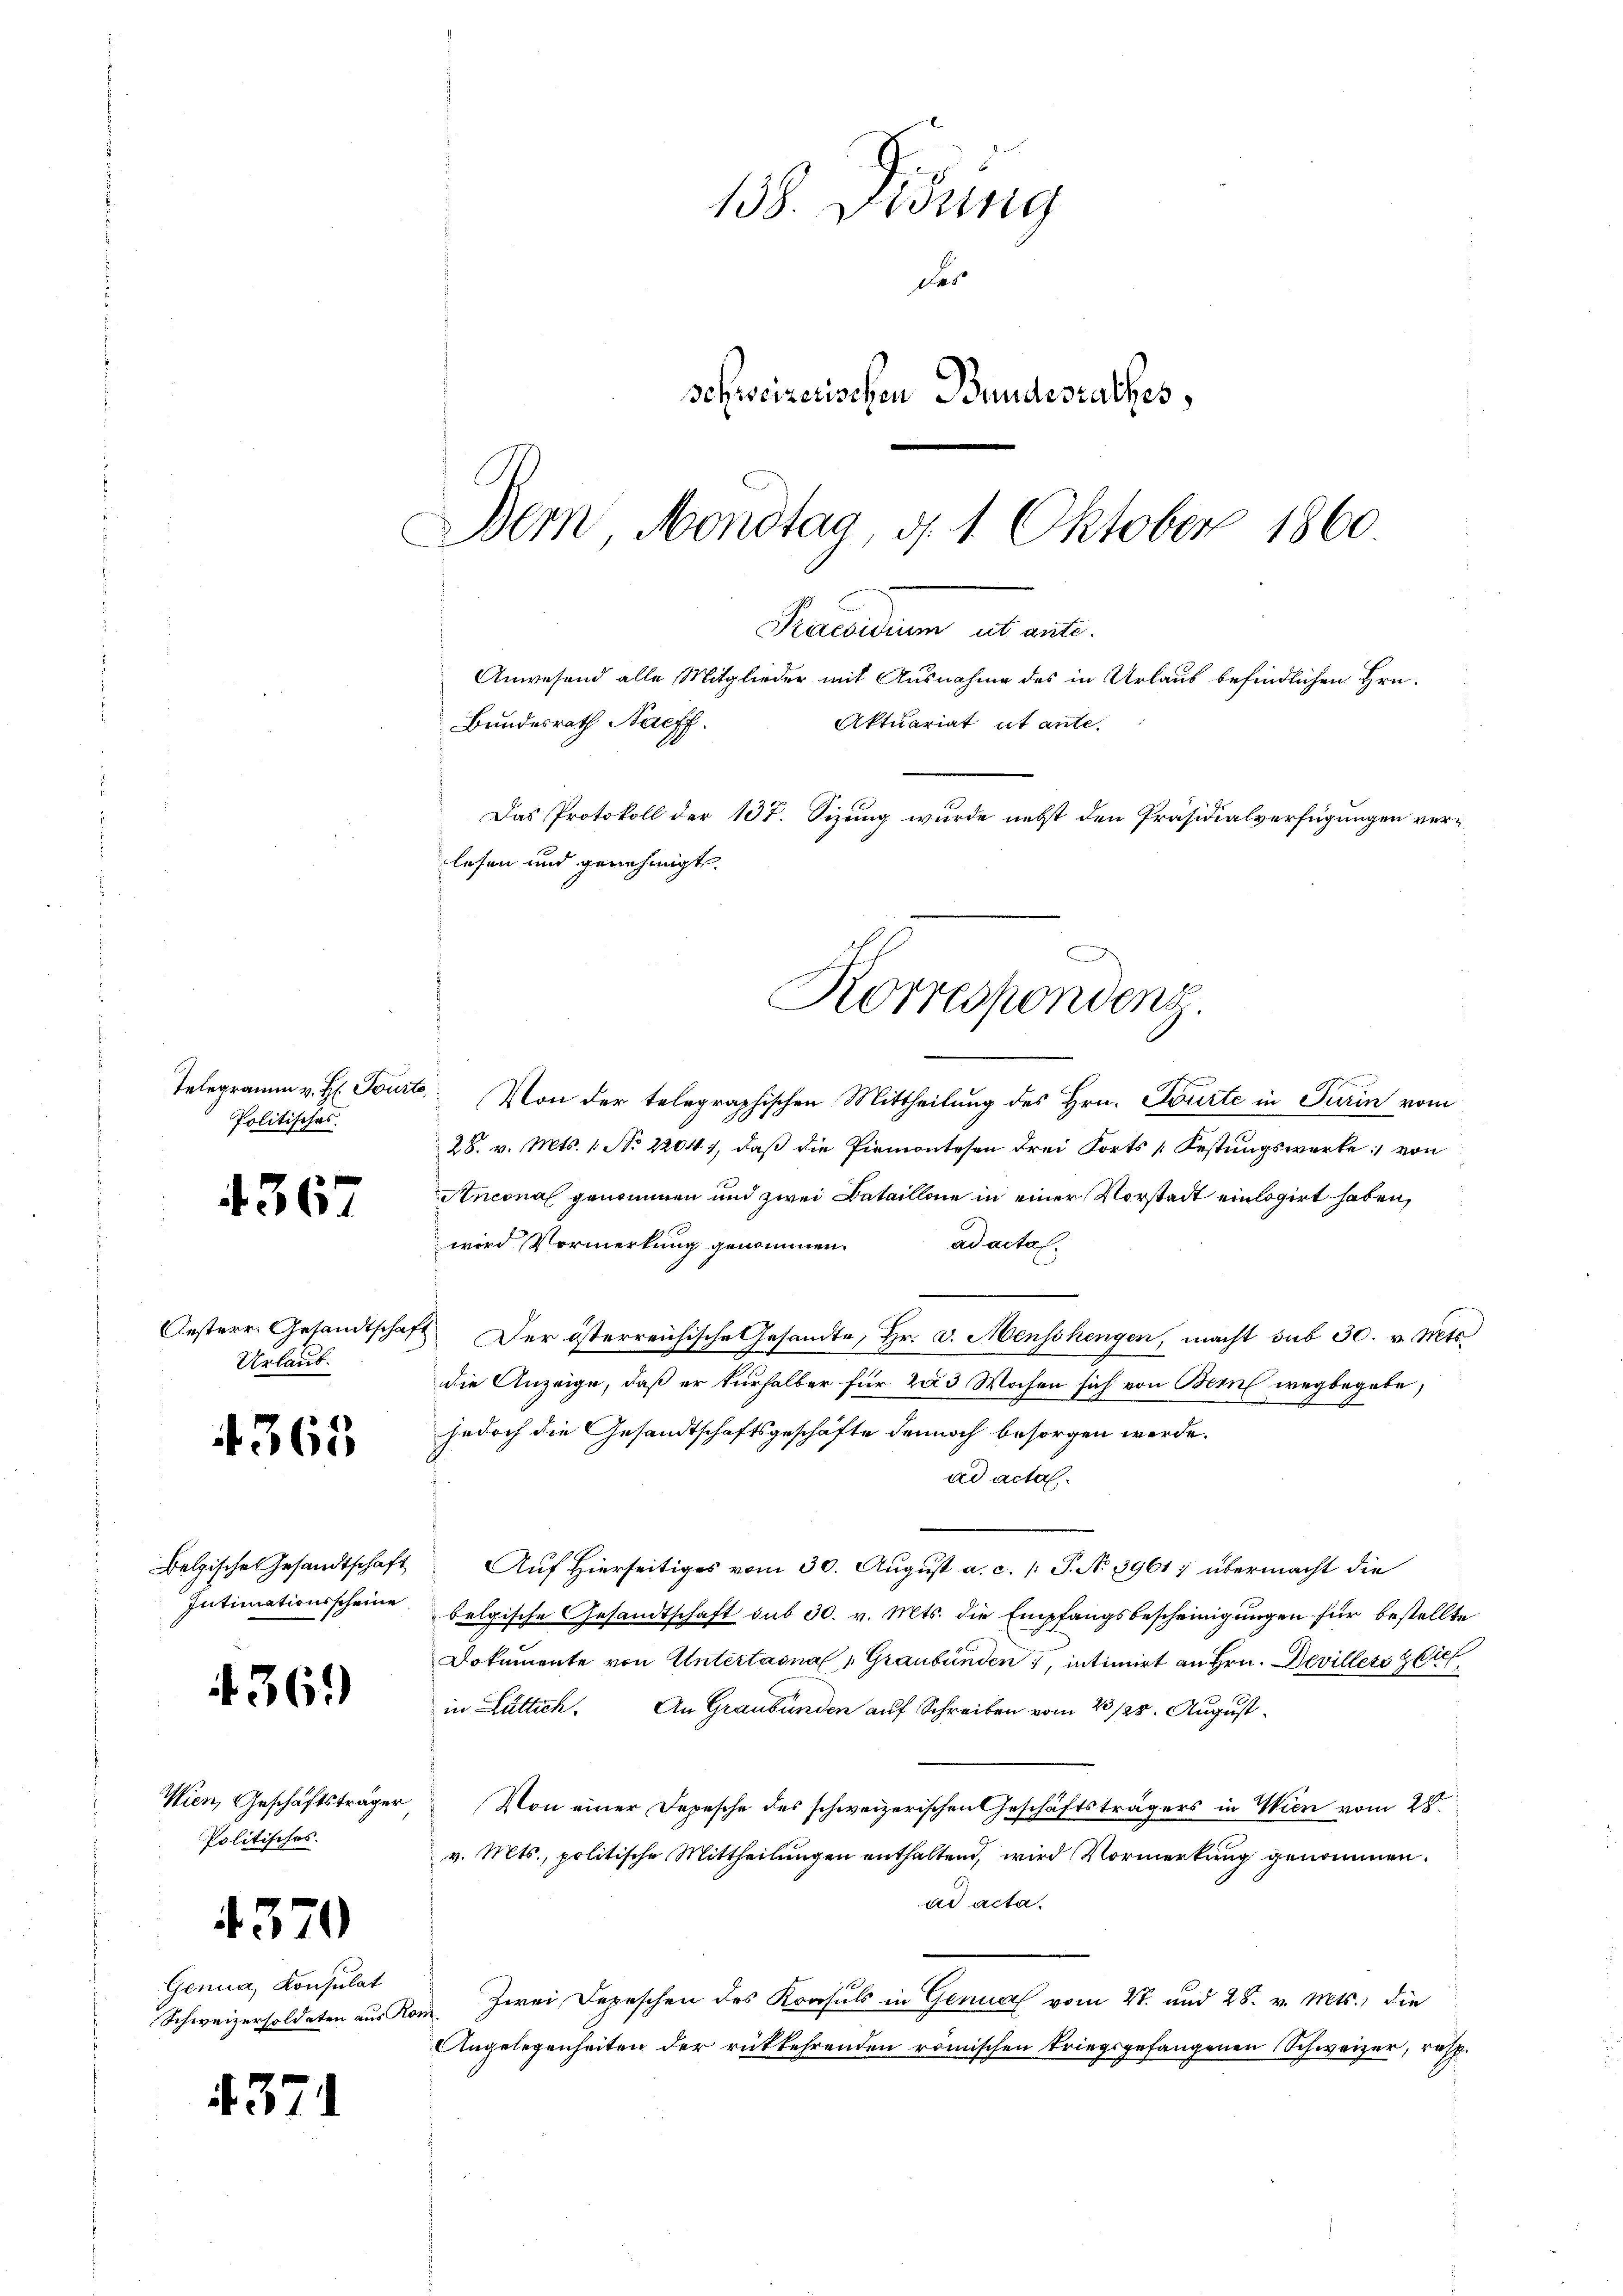
Politisches

4367

Oesterr. Gesandtschaf
Urlaub.

4365

Belgisches Gesandtschaft
Intimationsscheine

436.

Wien, Geschäftsträger
Politisches.

4370

Genua, Konsulat
Schweizersoldaten aus Kr

4371

Praesidium ut ante.
Anwesend alle Mitglieder mit Ausnahme des in Urlaub befindlichen Hrn.
Bundesrath Nachf
Aktuariat ut ante.
Das Protokoll der 137. Sizung wurde nebst den Präsidialverfügungen verlesen und genehmigt.
Korrespondenz.

138. Fidung
dar
schweizerischen Bundesrathes,
Dem Mondtag, d. 1. Oktober 1860.

Telegramm v. H. Tourte. Von der telegraphischen Mittheilung des Hrn. Tourte in Turin vom
u
28. v. Mts. 1. No 2204), daß die Piemontesen drei Forts „Festungswerke von
Anconal genommen und zwei Bataillone in einer Vorstadt einlogirt haben,
wird Vormerkung genommen. ad acta
 Der österreichische Gesandte, Hr. v. Menschengen, macht sub 30. v. Mts.
die Anzeige, daß er kurhalber für 203 Wochen sich von Bern wegbegebe,
jedoch die Gesandtschaftsgeschäfte dennoch besorgen werde.
ad acta
Auf Hierseitiges vom 30. August a. c. /: P. N. 3961; übermacht die
belgische Gesandtschaft sub 30. v. Mts. die Empfangsbescheinigungen für bestellte
Dokumente von Untertagna Graubünden, intimirt an Hrn. Devillets dief
in Luttich. An Graubünden auf Schreiben vom 23/25. August
Von einer Depesche des schweizerischen Geschäftsträgers in Wien vom 28.
v. Mts., politische Mittheilungen enthaltend, wird Vormerkung genommen.
ad acta.
Zwei Depeschen des Konsuls in Genua vom 4t. und 28. v. Mts., die
ant.
Angelegenheiten der rückkehrenden römischen Kriegsgefangenen Schweizer, resp.